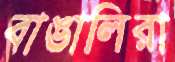
বাঙালিরা